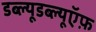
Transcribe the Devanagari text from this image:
डब्ल्यूडब्ल्यूऍफ़